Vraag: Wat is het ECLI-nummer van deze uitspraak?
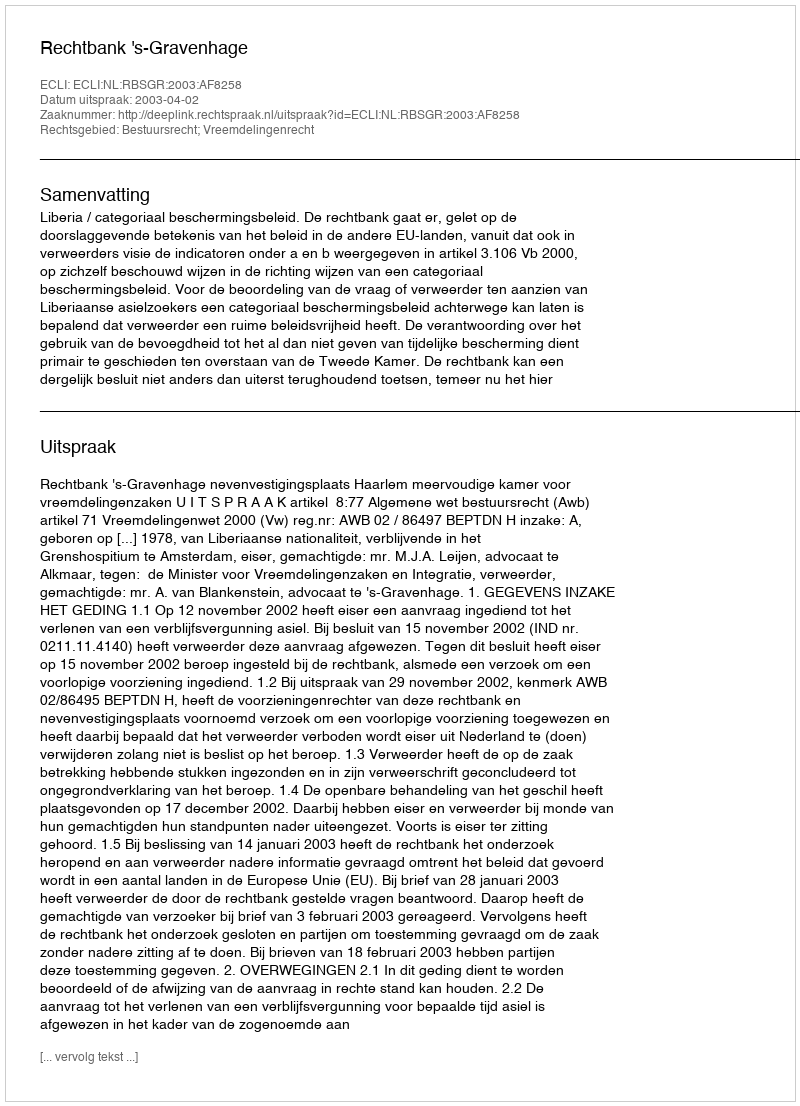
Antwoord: ECLI:NL:RBSGR:2003:AF8258